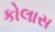
કોલાસ